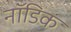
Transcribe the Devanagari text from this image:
नॉडिक